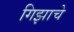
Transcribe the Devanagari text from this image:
गिझाचे